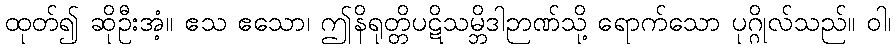
ထုတ်၍ ဆိုဦးအံ့။ ဧသ ဧသော၊ ဤနိရုတ္တိပဋိသမ္ဘိဒါဉာဏ်သို့ ရောက်သော ပုဂ္ဂိုလ်သည်။ ဝါ၊